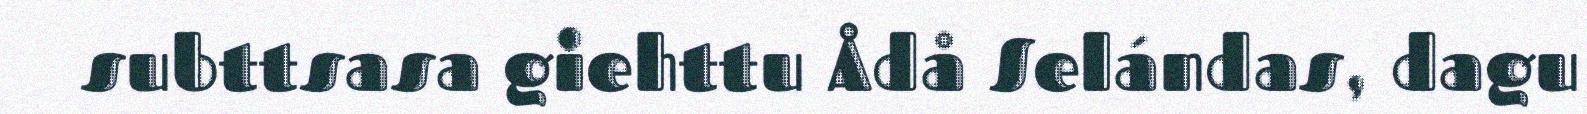
subttsasa giehttu Ådå Selándas, dagu